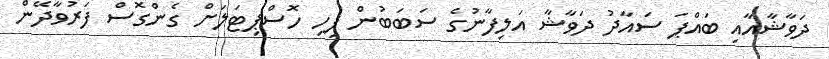
ދަވާޝާއާއި ބައްޕަ ސައާދު ދަވާޝާ އަލިފާނުގެ ސަބަބުން ފިހި ހޮސްޕިޓަލަށް ގެންގޮސް ފަރުވާދޭން